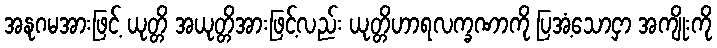
အနုဂမအားဖြင့် ယုတ္တိ အယုတ္တိအားဖြင့်လည်း ယုတ္တိဟာရလက္ခဏာကို ပြအံ့သောငှာ အကျိုးကို